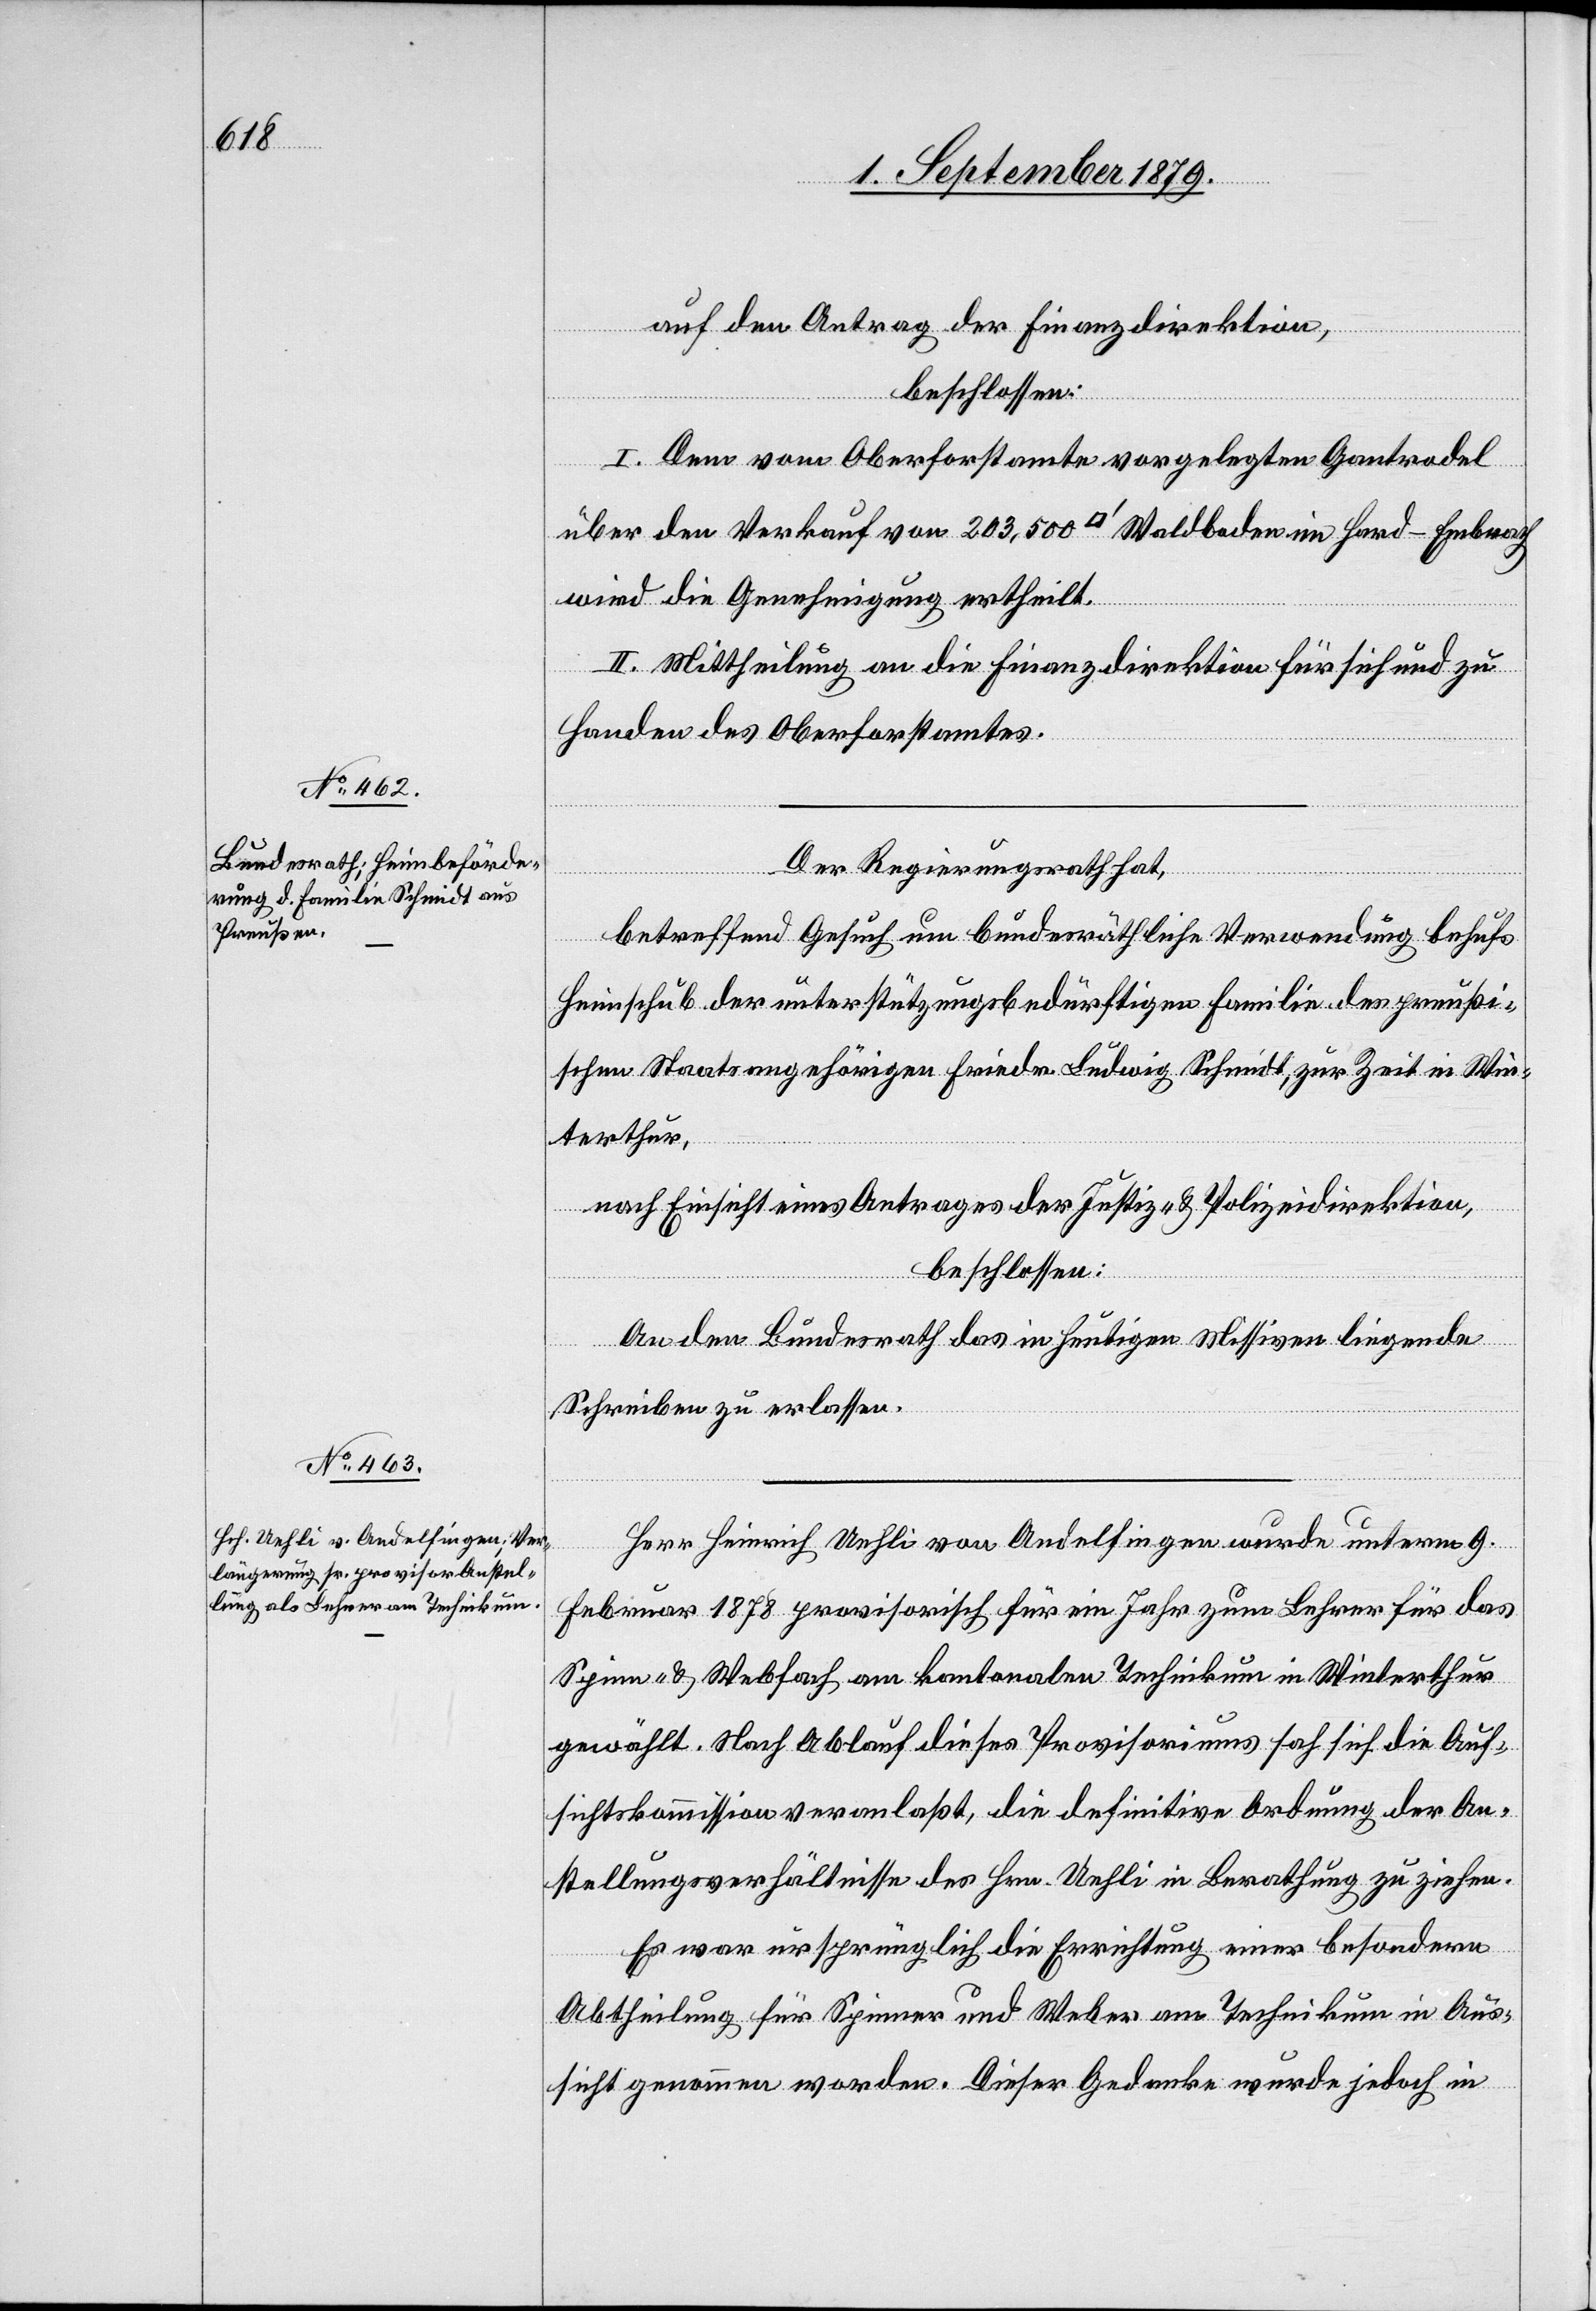
auf den Antrag der Finanzdirektion,
beschlossen:
I. Dem vom Oberforstamte vorgelegten Gantrodel
über den Verkauf von 203,500 [Quadratfuß] Waldboden im Hard - Embrach
wird die Genehmigung ertheilt.
II. Mittheilung an die Finanzdirektion für sich und zu
Handen des Oberforstamtes.
Der Regierungsrath hat,
betreffend Gesuch um bundesräthliche Verwendung behufs
Heimschub der unterstützungsbedürftigen Familie des preußi¬
schen Staatsangehörigen Friedr. Ludwig Schmidt, zur Zeit in Win¬
terthur,
nach Einsicht eines Antrages der Justiz- & Polizeidirektion,
beschlossen:
An den Bundesrath das in heutigen Missiven liegende
Schreiben zu erlassen.
Herr Heinrich Uehli von Andelfingen wurde unterm 9.
Februar 1878 provisorisch für ein Jahr zum Lehrer für das
Spinn- & Webfach am kantonalen Technikum in Winterthur
gewählt. Nach Ablauf dieses Provisoriums sah sich die Auf¬
sichtskommission veranlaßt, die definitive Ordnung der An¬
stellungsverhältnisse des Hrn. Uehli in Berathung zu ziehen.
Es war ursprünglich die Errichtung einer besondern
Abtheilung für Spinner und Weber am Technikum in Aus¬
sicht genommen worden. Dieser Gedanke wurde jedoch in